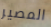
المصير